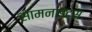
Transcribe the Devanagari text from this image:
सामनाइट्स